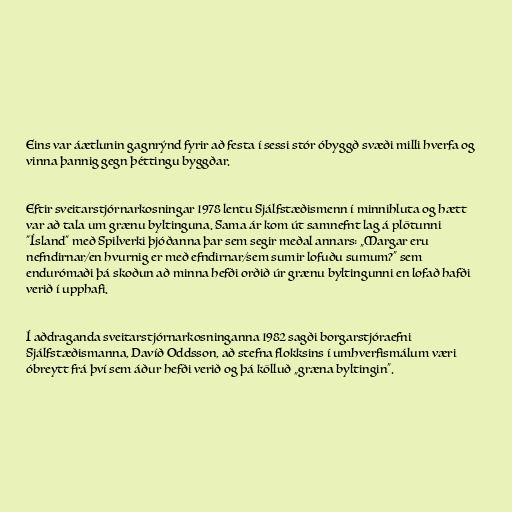
Eins var áætlunin gagnrýnd fyrir að festa í sessi stór óbyggð svæði milli hverfa og
vinna þannig gegn þéttingu byggðar.

Eftir sveitarstjórnarkosningar 1978 lentu Sjálfstæðismenn í minnihluta og hætt
var að tala um grænu byltinguna. Sama ár kom út samnefnt lag á plötunni
"Ísland" með Spilverki þjóðanna þar sem segir meðal annars: „Margar eru
nefndirnar/en hvurnig er með efndirnar/sem sumir lofuðu sumum?“ sem
endurómaði þá skoðun að minna hefði orðið úr grænu byltingunni en lofað hafði
verið í upphafi.

Í aðdraganda sveitarstjórnarkosninganna 1982 sagði borgarstjóraefni
Sjálfstæðismanna, Davíð Oddsson, að stefna flokksins í umhverfismálum væri
óbreytt frá því sem áður hefði verið og þá kölluð „græna byltingin“.